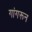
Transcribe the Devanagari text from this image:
गांगरून